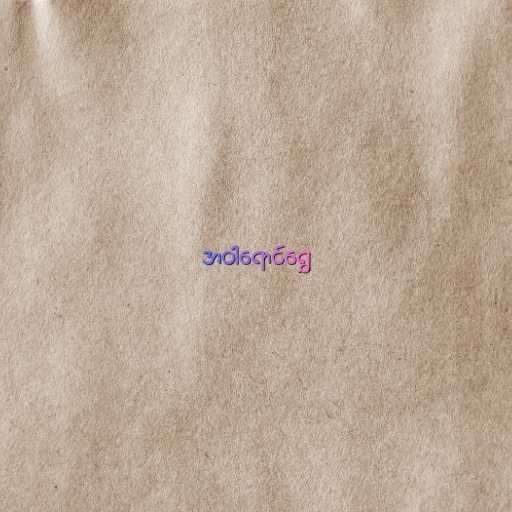
အဝါရောင်ရွှေ